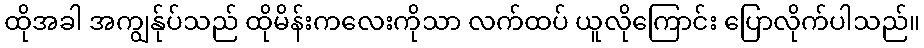
ထိုအခါ အကျွန်ုပ်သည် ထိုမိန်းကလေးကိုသာ လက်ထပ် ယူလိုကြောင်း ပြောလိုက်ပါသည်။